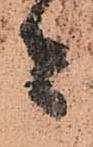
者